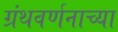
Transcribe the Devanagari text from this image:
ग्रंथवर्णनाच्या